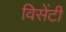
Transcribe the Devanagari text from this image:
विसेंटी